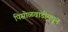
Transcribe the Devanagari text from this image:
पिसोळवाडीमधून